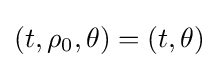
(t,\rho _{0},\theta )=(t,\theta )